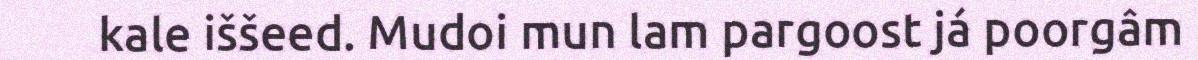
kale iššeed. Mudoi mun lam pargoost já poorgâm